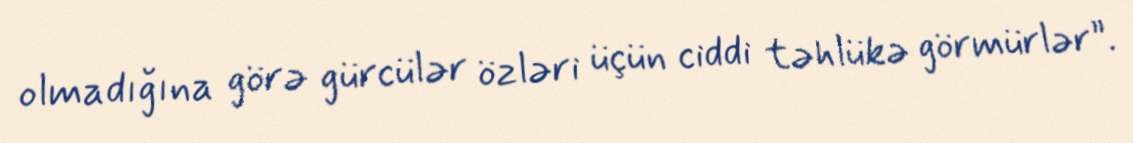
olmadığına görə gürcülər özləri üçün ciddi təhlükə görmürlər”.